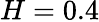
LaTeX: H=0.4